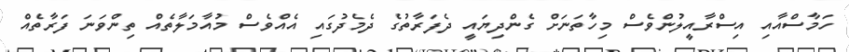
ހަމާސްއާއި އިސްރާއީލުންވެސް މިހާތަނަށް ގެންދިޔައީ ދެފަރާތުގެ ދެމެދުގައި އެއްވެސް މުއާމަލާތެއް ތިންވަނަ ފަރާތެއް